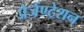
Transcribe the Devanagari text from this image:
प्रेजेंण्टेशन